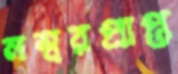
নম্বরপ্রাপ্ত